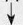
\downarrow